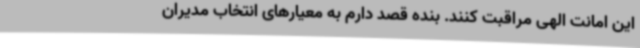
این امانت الهی مراقبت کنند. بنده قصد دارم به معیارهای انتخاب مدیران